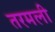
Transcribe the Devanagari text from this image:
तरमली